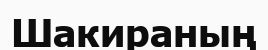
Шакираның